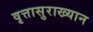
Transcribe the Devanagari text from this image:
वृत्तासुराख्यान